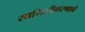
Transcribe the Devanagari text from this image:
सामिलीकरणाने